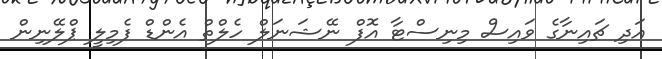
އަދި ޗައިނާގެ ވައިސް މިނިސްޓާ އޮފް ނޭޝަނަލް ހެލްތް އެންޑް ފެމިލީ ޕްލޭނިން